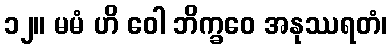
၁၂။ မမံ ဟိ ဝေါ ဘိက္ခဝေ အနုဿရတံ၊